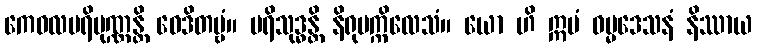
ကေဝလပရိပုဏ္ဏန္တိ ဝေဒိတဗ္ဗံ။ ပရိသုဒ္ဓန္တိ နိရုပက္ကိလေသံ။ ယော ဟိ ဣမံ ဓမ္မဒေသနံ နိဿာယ